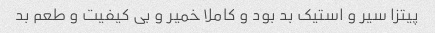
پیتزا سیر و استیک بد بود و کاملا خمیر و بی کیفیت و طعم بد